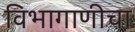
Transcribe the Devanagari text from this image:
विभागाणीचा